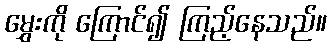
မွှေးကို ကြောင်၍ ကြည့်နေသည်။